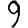
Digit: 9